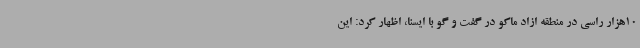
10هزار راسی در منطقه ازاد ماکو در گفت و گو با ایسنا، اظهار کرد: این